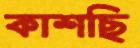
কাশছি